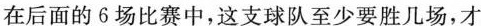
在后面的6场比赛中，这支球队至少要胜几场，才